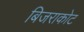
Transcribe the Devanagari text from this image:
बिजराकोट